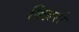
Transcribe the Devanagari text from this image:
क्ज़िरो